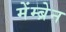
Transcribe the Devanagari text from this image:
मेंम्ब्रेन